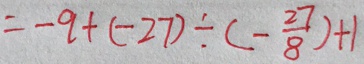
= - 9 + ( - 2 7 ) \div ( - \frac { 2 7 } { 8 } ) + 1